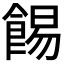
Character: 𩛿